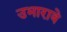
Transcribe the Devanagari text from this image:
उभारावे